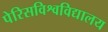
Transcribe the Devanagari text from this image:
पेरिसविश्वविद्यालय